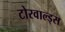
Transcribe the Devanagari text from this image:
टोरवाल्ड्स